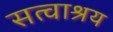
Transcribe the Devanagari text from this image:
सत्वाश्रय